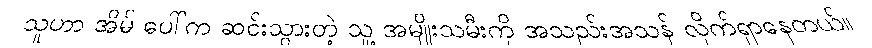
သူဟာ အိမ် ပေါ်က ဆင်းသွားတဲ့ သူ့ အမျိုးသမီးကို အသည်းအသန် လိုက်ရှာနေတယ်။